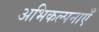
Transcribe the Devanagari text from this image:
अभिकल्पनाएँ